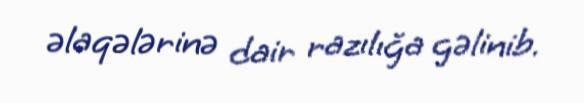
əlaqələrinə dair razılığa gəlinib.